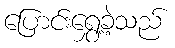
ပြောင်းရွှေ့ခဲ့သည်